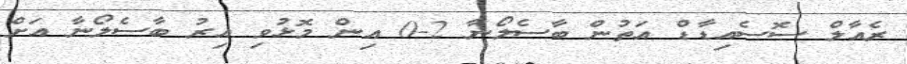
ރެއާލް ސޮސެއިޑާޑް އަތުން ބާސެލޯނާ 2-0 އިން މޮޅުވި އިރު ބާސެލޯނާ އަށް